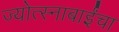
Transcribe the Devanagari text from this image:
ज्योत्स्नाबाईंचा